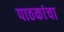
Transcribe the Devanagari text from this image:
पाठकांचा